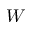
W